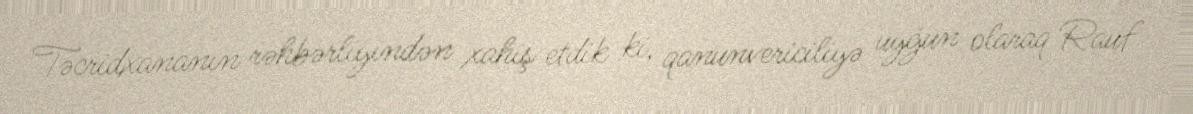
Təcridxananın rəhbərliyindən xahiş etdik ki, qanunvericiliyə uyğun olaraq Rauf